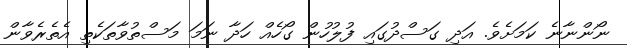
ނޯންނާނެ ކަމަށެވެ. އަދި ގަސްދުގައި ފުލުހުން ގޯހެއް ހަދާ ނަމަ މަސްތުވާތަކެތި އެތެރެވާން